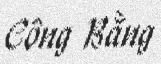
Công Bằng